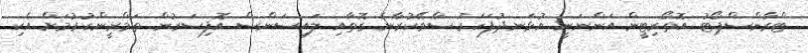
ޓްރާންސްޕޯޓު އޮތޯރިޓީން އަންނަނީ އުޅަނދުފަހަރު ސާވޭކުރާނެ ގޮތާއި ލައިސަންސް އޮފިސަރުން ތަމްރީންކުރުމަށް އެކި